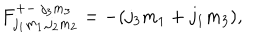
F _ { j _ { 1 } m _ { 1 } , j _ { 2 } m _ { 2 } } ^ { + - ~ j _ { 3 } m _ { 3 } } = - ( j _ { 3 } m _ { 1 } + j _ { 1 } m _ { 3 } ) ,